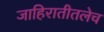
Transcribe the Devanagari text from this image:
जाहिरातीतलेच